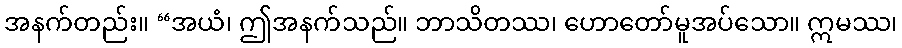
အနက်တည်း။ “အယံ၊ ဤအနက်သည်။ ဘာသိတဿ၊ ဟောတော်မူအပ်သော။ ဣမဿ၊